Scottish Leaving Certificate Examination, 1958
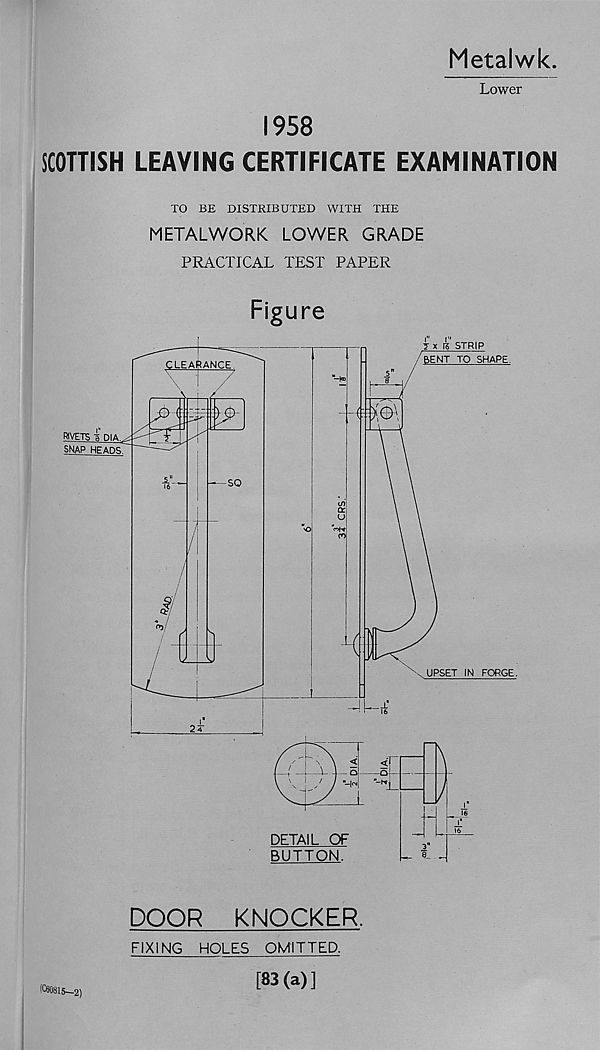
Metalwk.
Lower
1958
SCOTTISH LEAVING CERTIFICATE EXAMINATION
TO BE DISTRIBUTED WITH THE
METALWORK LOWER GRADE
PRACTICAL TEST PAPER
Figure
DOOR
KNOCKER.
FIXING HOLES OMITTED.
(C60815-2)
[83(a)]